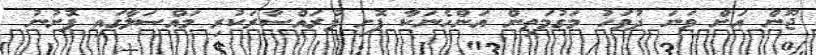
ޖޫން އަށް ވަނަ ދުވަހު މަގުމަތިން އަންހެނަކާ ފޮށި ފުރައްސާރަކުރި މައްސަލާގައި ފޮށުނު